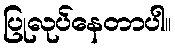
ပြုလုပ်နေတာပါ။